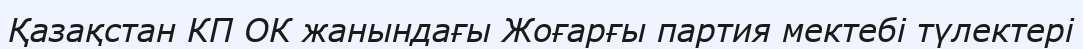
Қазақстан КП ОК жанындағы Жоғарғы партия мектебі түлектері